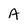
Character: A